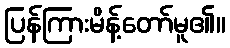
ပြန်ကြားမိန့်တော်မူ၏။